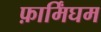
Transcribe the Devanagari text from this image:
फ़ार्मिंघम